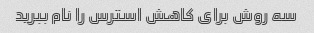
سه روش برای کاهش استرس را نام ببرید